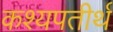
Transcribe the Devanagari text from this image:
कश्यपतीर्थ